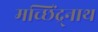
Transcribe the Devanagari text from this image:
मच्छिंद्र्नाथ